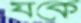
যকে